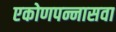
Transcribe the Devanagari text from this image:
एकोणपन्नासवा